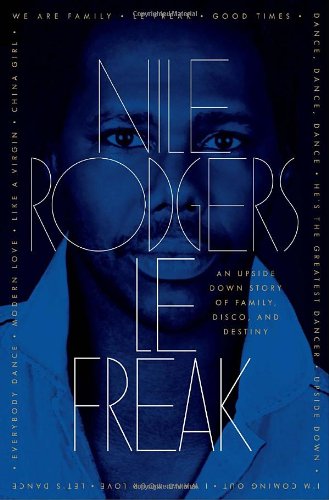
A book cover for Le Freak: An Upside Down Story of Family, Disco, and Destiny; Nile Rodgers; Arts & Photography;